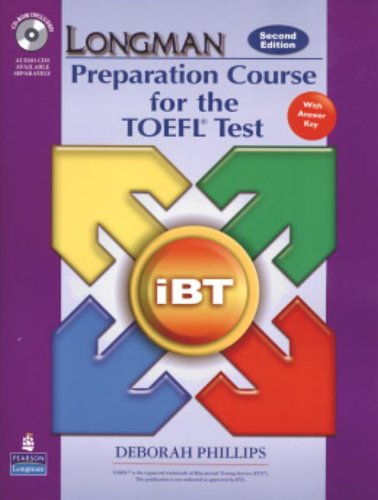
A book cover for Longman Preparation Course for the TOEFL Test: iBT Student Book with CD-ROM and Answer Key (Audio CDs required) (2nd Edition); PHILLIPS; Test Preparation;